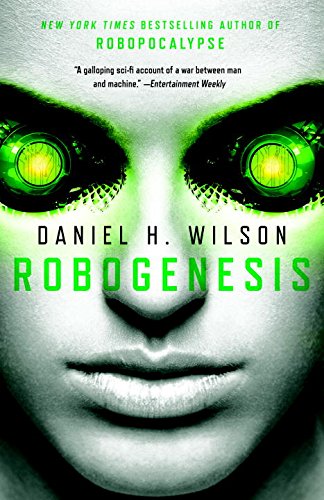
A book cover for Robogenesis; Daniel H. Wilson; Mystery, Thriller & Suspense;